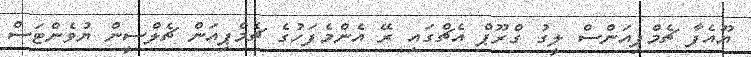
ޔޫއެފާ ޗެމްޕިއަންސް ލީގު ގްރޫޕް އެޗްގައި ރޭ އެންމެފަހުގެ ޗެމްޕިއަން ޗެލްސީން ޔުވެންޓަސް